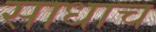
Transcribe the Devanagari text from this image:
साधाच